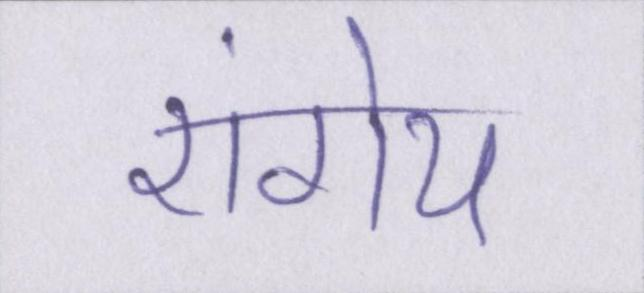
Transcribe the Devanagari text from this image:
रांगेय